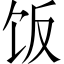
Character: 饭